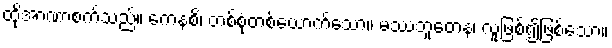
ထိုအာဏာစက်သည်။ ကေနစိ၊ တစ်စုံတစ်ယောက်သော။ မဿဘူတေန၊ လူဖြစ်၍ဖြစ်သော။